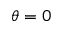
\theta = 0